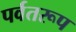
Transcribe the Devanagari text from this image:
पर्वतरूप